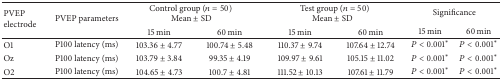
<table><thead><tr><td rowspan="2"><b>PVEP electrode</b></td><td rowspan="2"><b>PVEP parameters</b></td><td colspan="2"><b>Control group (<i>n</i> = 50)Mean ± SD</b></td><td colspan="2"><b>Test group (<i>n</i> = 50)Mean ± SD</b></td><td colspan="2"><b>Significance </b></td></tr><tr><td><b>15 min</b></td><td><b>60 min</b></td><td><b>15 min</b></td><td><b>60 min</b></td><td><b>15 min</b></td><td><b>60 min</b></td></tr></thead><tbody><tr><td> O1</td><td>P100 latency (ms)</td><td>103.36 ± 4.77</td><td>100.74 ± 5.48</td><td>110.37 ± 9.74</td><td>107.64 ± 12.74</td><td><i>P</i> &lt; 0.001<sup><i>∗</i></sup></td><td><i>P</i> &lt; 0.001<sup><i>∗</i></sup></td></tr><tr><td>Oz</td><td>P100 latency (ms)</td><td>103.79 ± 3.84</td><td>99.35 ± 4.19</td><td>109.97 ± 9.61</td><td>105.15 ± 11.02</td><td><i>P</i> &lt; 0.001<sup><i>∗</i></sup></td><td><i>P</i> &lt; 0.001<sup><i>∗</i></sup></td></tr><tr><td>O2</td><td>P100 latency (ms)</td><td>104.65 ± 4.73</td><td>100.7 ± 4.81</td><td>111.52 ± 10.13</td><td>107.61 ± 11.79</td><td><i>P</i> &lt; 0.001<sup><i>∗</i></sup></td><td><i>P</i> &lt; 0.001<sup><i>∗</i></sup></td></tr></tbody></table>